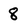
Character: 8